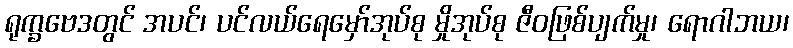
ရုက္ခဗေဒတွင် အပင်၊ ပင်လယ်ရေမှော်အုပ်စု မှိုအုပ်စု ဇီဝဖြစ်ပျက်မှု၊ ရောဂါဘယ၊